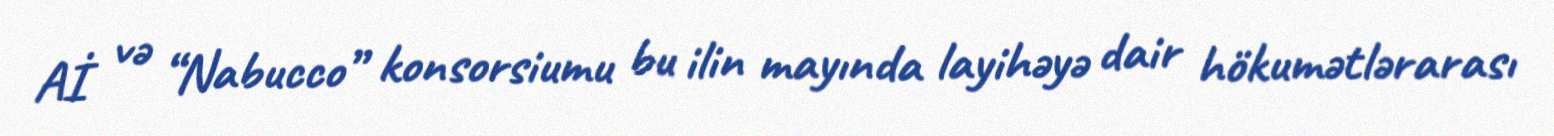
Aİ və “Nabucco” konsorsiumu bu ilin mayında layihəyə dair hökumətlərarası